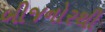
બીજનોરથી